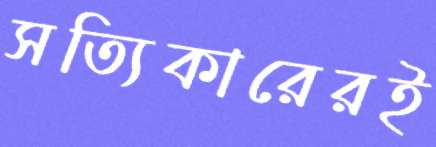
সত্যিকারেরই